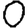
Digit: 0